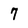
Character: 7